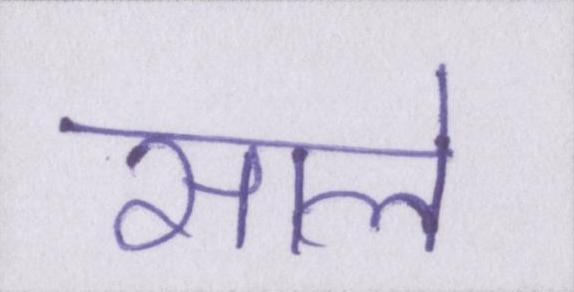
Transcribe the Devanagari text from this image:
साले